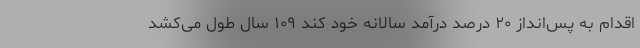
اقدام به پس‌انداز ۲۰ درصد درآمد سالانه خود کند ۱۰۹ سال طول می‌کشد